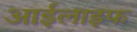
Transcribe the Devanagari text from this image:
आईलाइफ